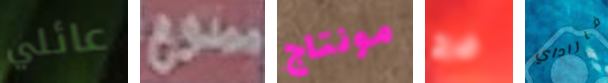
عائلي ممنوع مونتاج فرج فاراداي